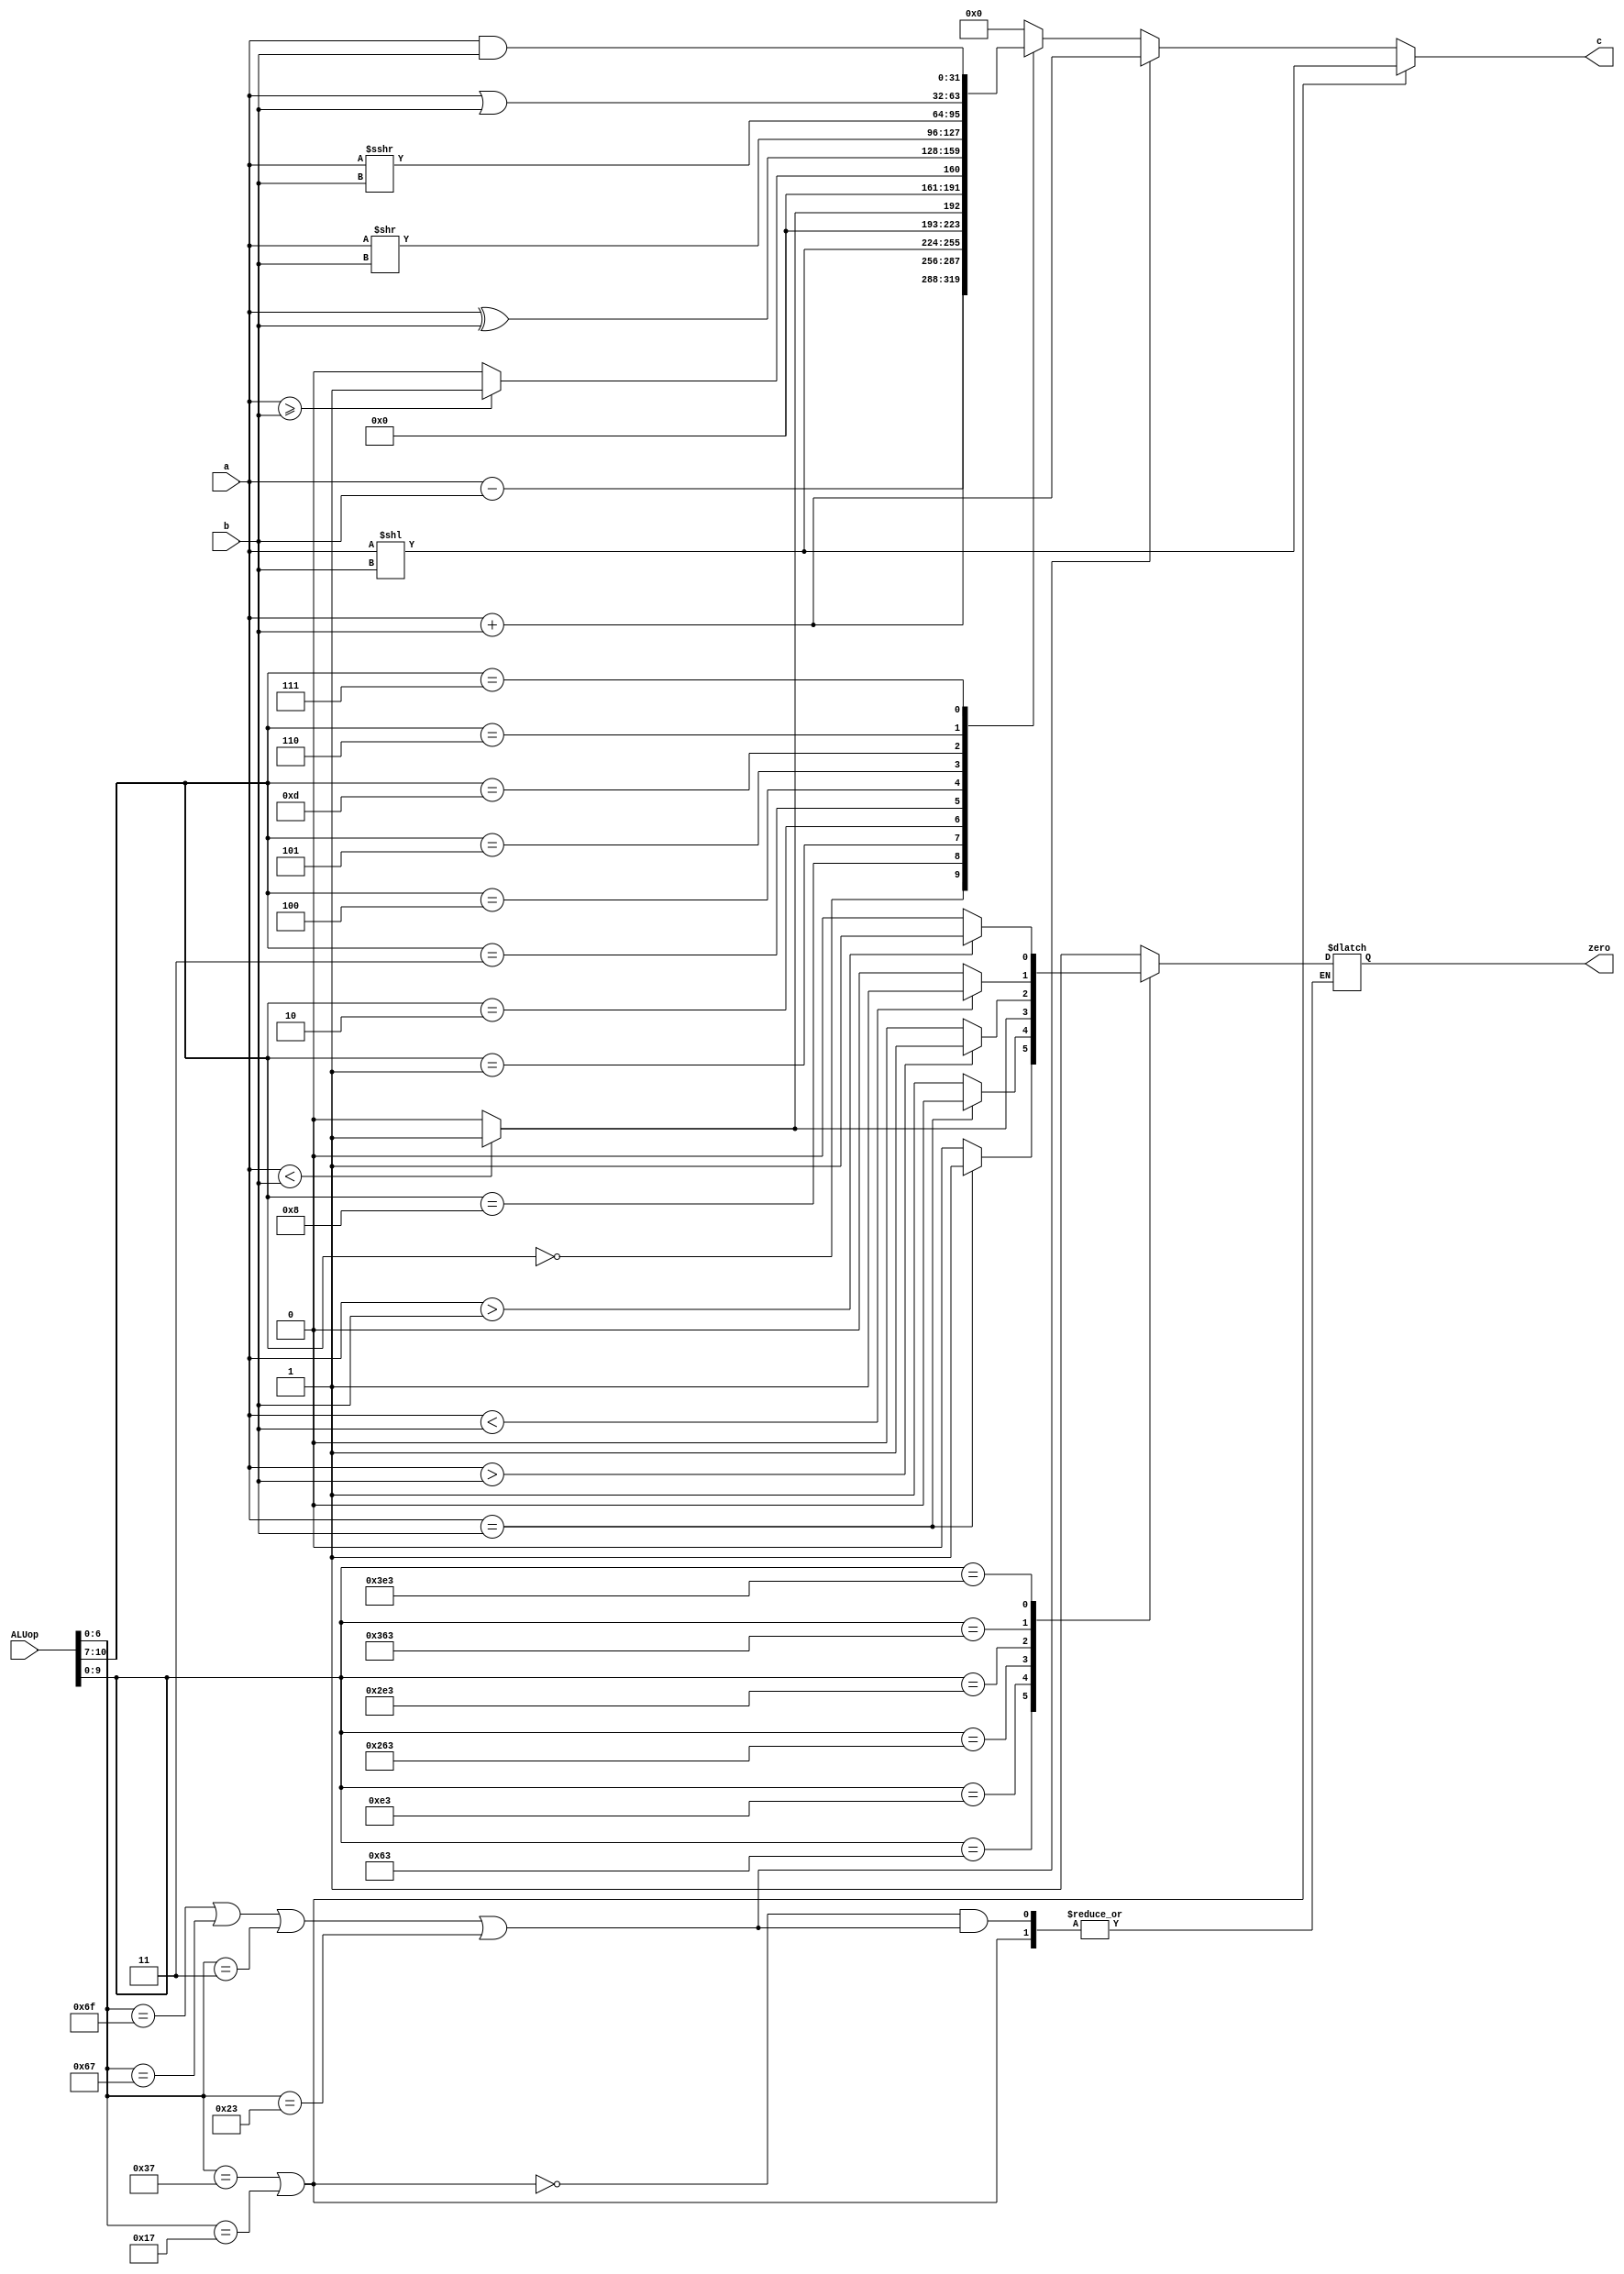

module ALU(a,b,ALUop,zero,c);
input [31:0] a;
input [31:0] b;
input [10:0]ALUop;
output reg [31:0] c;
output  reg zero;
assign e=~(a+1);
assign d=~(b+1);
always @(* ) 
if ((ALUop[6:0]==7'b0110111)|(ALUop[6:0]==7'b0010111)) //LUI,AUIPC
    //Aop <= 4'b0010; //SLL
    begin c=a<<b ; end
  else if ((ALUop[6:0]==7'b1101111)|(ALUop[6:0]==7'b1100111)|(ALUop[6:0]==7'b0000011)|(ALUop[6:0]==7'b0100011))
   // Aop <= 4'b0000; //ADD
   c<= a+b;
  else begin
   case (ALUop[10:7])
4'b0000: begin c<= a+b ; end // ADD 
4'b1000: begin c<= a-b ; end  // SUB
4'b0001: begin c=a<<b ; end         // SLL
4'b0010:          //SLT
c<= ($signed(a)< $signed(b))?1:0;
4'b0011: begin c<=(a>=b)?1:0;  end       //SLTU  
4'b0100: begin c[31:0] <= a[31:0] ^ b[31:0] ;  end    // XOR
4'b0101: begin c<=a>>b;  end               //SRL
4'b1101: begin  c <= a>>>b ; end     // SRA
4'b0110: begin c <= a |b ;  end       // OR
4'b0111: begin c <= a &b ;  end       //AND*/
default begin c <=0 ; end
endcase 
case (ALUop[9:0])

10'b0001100011: zero <= (a==b)?1:0; //BEQ
10'b0011100011: zero <= (a==b)?0:1; //BNE
10'b1001100011: zero <= ($signed(a)< $signed(b))?1:0; //BLT
10'b1011100011: zero <= ($signed(a)> $signed(b))?1:0; //BGE
10'b1101100011: zero <= (a<b)?1:0; //BLTU
10'b1111100011: zero <= (a>b)?1:0; //BGEU
default: zero <=1;
endcase 
end
endmodule

module t_ALU ;
reg [31:0]a;
reg [31:0]b;
reg [10:0] ALUop; 
wire [31:0]c;
wire zero;
parameter time_out = 100;
ALU U1(a,b,ALUop,zero,c); 
initial $monitor($time," a %h ,b %h ,ALUop %b ,zero  %d, c %h" , a , b,ALUop,zero , c);
/*initial begin
	clk = 0;
end
always #5 clk = ~clk;*/
initial
begin 
#5 a = 32'd10;
b = 32'd1;
ALUop = 11'b01110010011;
#20 a = 32'd2;
b = 32'd5;
ALUop = 11'b00000010011;
#20 a = 32'd0;
b = 32'd1;
ALUop = 11'b00000110011;
/*#20 a = 32'Hf000000f;
b = 32'd100;
ALUop = 4'b0011;32'b000000000000_00000_111_00011_;
assign imem[32'd24]=32'b000000000001_00011_000_00001_;
assign imem[32'd36]=32'b000000000011_00001_000_00010_;

#20 a = -20;
b = -10;
ALUop = 4'b1000;*/
#300 $finish;
 end
endmodule